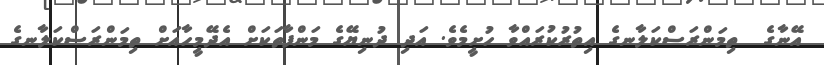
އޭނާގެ  ތިމަންރަސްކަލާނގެ އިތުރުކުރައްވާ ހުށީމެވެ. އަދި ދުނިޔޭގެ މަންފާތަކަށް އެދޭމީހާއަށް ތިމަންރަސްކަލާނގެ